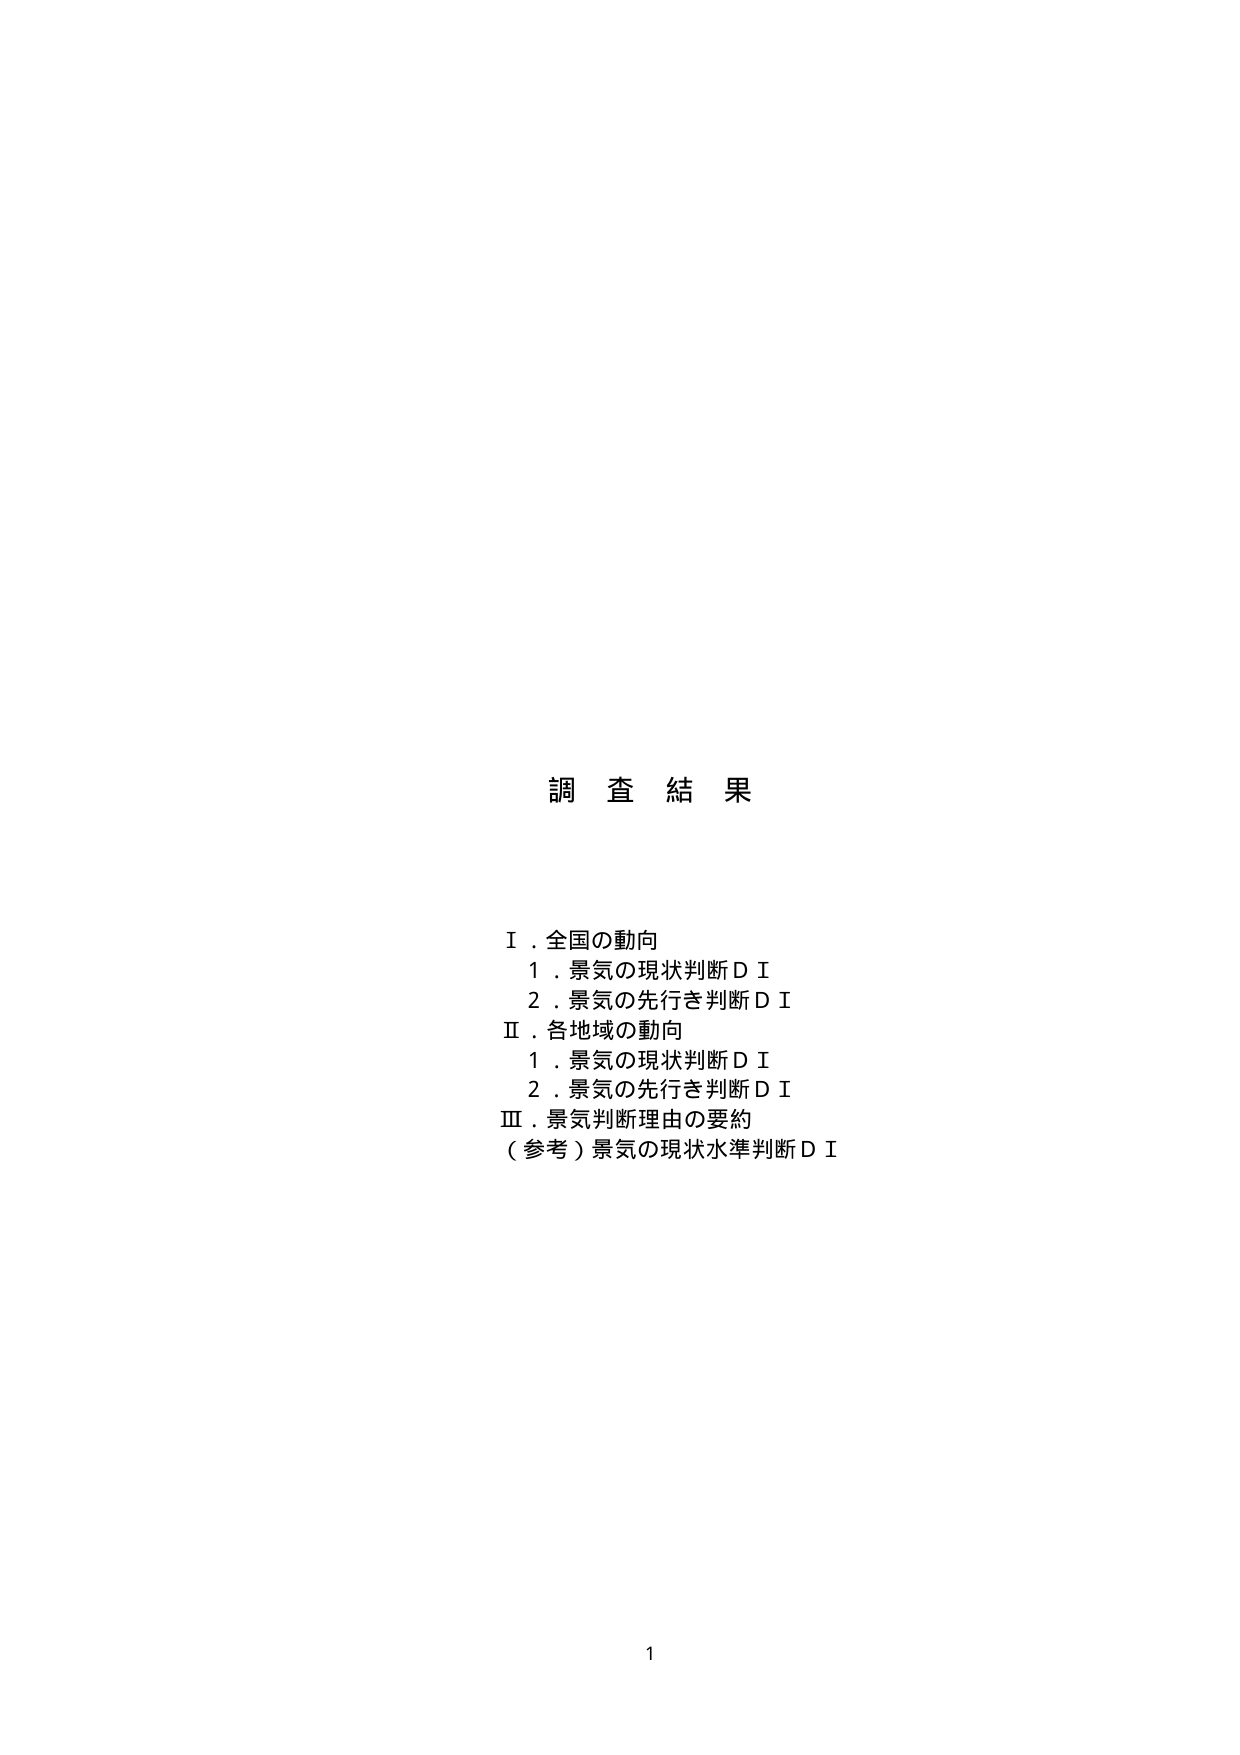
調査結果

Ⅰ．全国の動向
　１．景気の現状判断ＤＩ
　２．景気の先行き判断ＤＩ
Ⅱ．各地域の動向
　１．景気の現状判断ＤＩ
　２．景気の先行き判断ＤＩ
Ⅲ．景気判断理由の要約
（参考）景気の現状水準判断ＤＩ

1